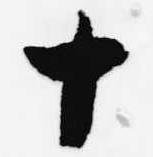
十